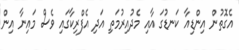
އެގޮތުން އިންޑިއާ ކަނޑުގަ އާއި މެދުއިރުމަތި އަދި އެފްރިކާގައި ވެސް މައިނާ އިން